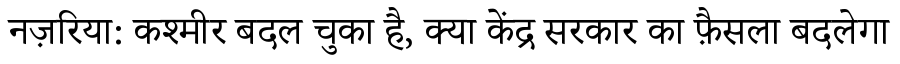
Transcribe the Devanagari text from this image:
नज़रिया: कश्मीर बदल चुका है, क्या केंद्र सरकार का फ़ैसला बदलेगा